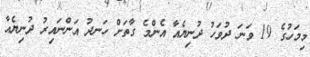
މިމަހުގެ 19 ވަނަ ދުވަހު ދުނިޔެއާ އެންމެ ގާތަށް ހަނދު އަންނައިރު ދުނިޔެއާ